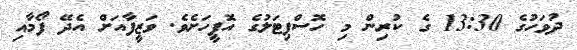
ދުވަހުގެ 13:30 ގެ ކުރިން މި ހޮސްޕިޓަލުގެ އޮފީހަށެވެ. ވަޒީފާއަށް އެދޭ ފޯމާއި